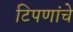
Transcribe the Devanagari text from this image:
टिपणांचे